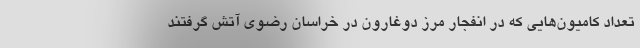
تعداد کامیون‌هایی که در انفجار مرز دوغارون در خراسان رضوی آتش گرفتند